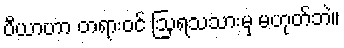
ပီယာဟာ တရားဝင် ဩရသသားမှ မဟုတ်ဘဲ။